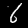
Digit: 6